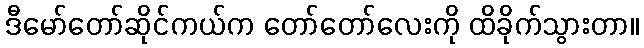
ဒီမော်တော်ဆိုင်ကယ်က တော်တော်လေးကို ထိခိုက်သွားတာ။